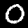
Digit: 0